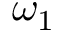
\omega _ { 1 }